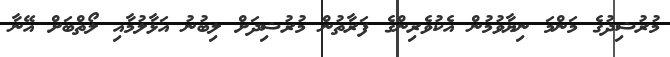
މުރުޝިދުގެ މަންމަ ނިޔާވުމުން އެކުވެރިންގެ ފަރާތުން މުރުޝިދަށް ލިބުނު އަޅާލުމާއި ލޯތްބަށް އޭނާ